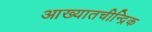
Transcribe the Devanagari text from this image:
आख्यातचीन्द्रिक